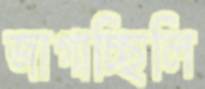
জাগাচ্ছিলি